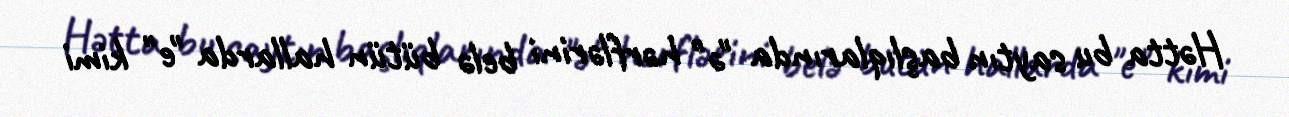
Hətta bu saytın başlıqlarında "ə" hərflərini belə bütün hallarda "e" kimi